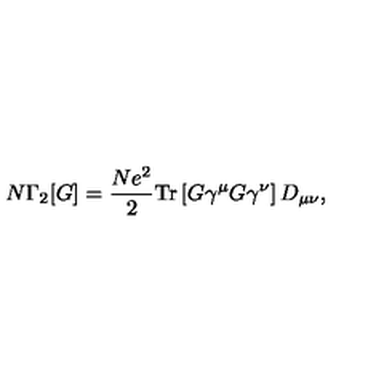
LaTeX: N \Gamma _ { 2 } [ G ] = \frac { N e ^ { 2 } } { 2 } \mathrm { T r } \left[ G \gamma ^ { \mu } G \gamma ^ { \nu } \right] D _ { \mu \nu } ,